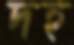
দহ